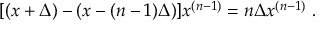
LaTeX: [ ( x + \Delta ) - ( x - ( n - 1 ) \Delta ) ] x ^ { ( n - 1 ) } = n \Delta x ^ { ( n - 1 ) } \ .